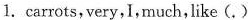
1. carrots，very，I，much，like(.)